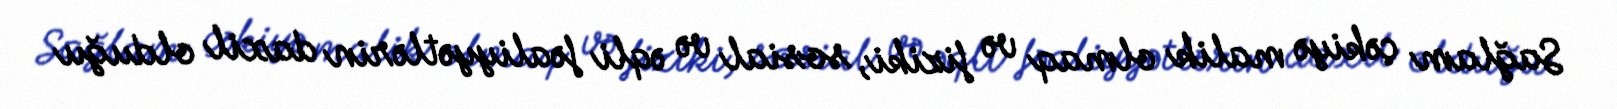
Sağlam çəkiyə malik olmaq və fiziki, sosial və əqli fəaliyyətlərin daxil olduğu